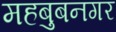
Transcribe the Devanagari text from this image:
महबुबनगर